Report of the Indian Hemp Drugs Commission, 1894-1895 - Volume V
Year: 1894
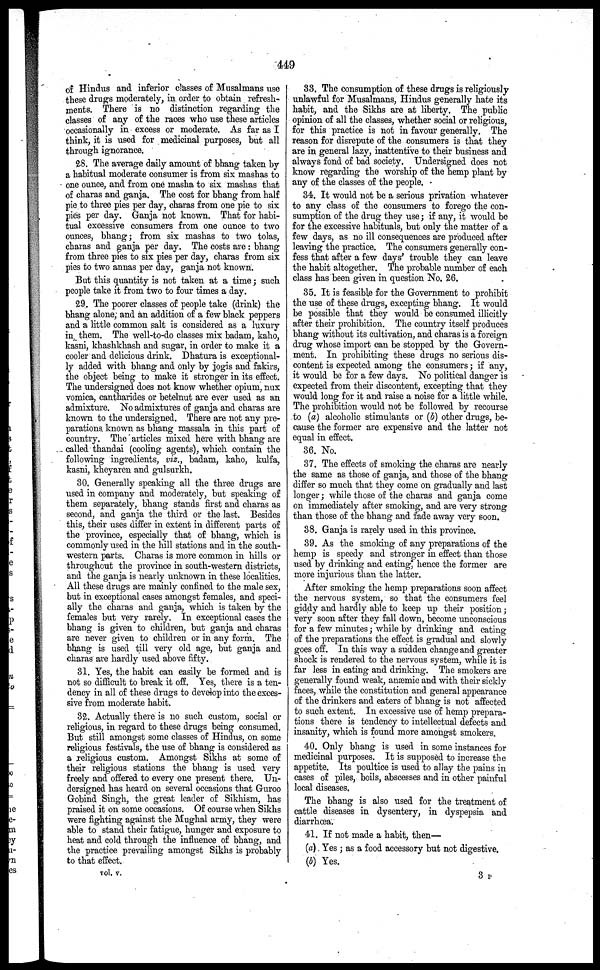
449
of Hindus and inferior classes of Musalmans use
these drugs moderately, in order to obtain refresh-
ments. There is no distinction regarding the
classes of any of the races who use these articles
occasionally in excess or moderate. As far as I
think, it is used for medicinal purposes, but all
through ignorance.
28. The average daily amount of bhang taken by
a habitual moderate consumer is from six mashas to
one ounce, and from one masha to six mashas that
of charas and ganja. The cost for bhang from half
pie to three pies per day, charas from one pie to six
pies per day. Ganja not known. That for habi-
tual excessive consumers from one ounce to two
ounces, bhang; from six mashas to two tolas,
charas and ganja per day. The costs are : bhang
from three pies to six pies per day, charas from six
pies to two annas per day, ganja not known.
But this quantity is not taken at a time; such
people take it from two to four times a day.
29. The poorer classes of people take (drink) the
bhang alone, and an addition of a few black peppers
and a little common salt is considered as a luxury
in them. The well-to-do classes mix badam, kaho,
kasni, khashkhash and sugar, in order to make it a
cooler and delicious drink. Dhatura is exceptional-
ly added with bhang and only by jogis and fakirs,
the object being to make it stronger in its effect.
The undersigned does not know whether opium, nux
vomica, cantharides or betelnut are ever used as an
admixture. No admixtures of ganja and charas are
known to the undersigned. There are not any pre-
parations known as bhang massala in this part of
country. The articles mixed here with bhang are
called thandai (cooling agents), which contain the
following ingredients, viz., badam, kaho, kulfa,
kasni, kheyaren and gulsurkh.
30. Generally speaking all the three drugs are
used in company and moderately, but speaking of
them separately, bhang stands first and charas as
second, and ganja the third or the last. Besides
this, their uses differ in extent in different parts of
the province, especially that of bhang, which is
commonly used in the hill stations and in the south-
western parts. Charas is more common in hills or
throughout the province in south-western districts,
and the ganja is nearly unknown in these localities.
All these drugs are mainly confined to the male sex,
but in exceptional cases amongst females, and speci-
ally the charas and ganja, which is taken by the
females but very rarely. In exceptional cases the
bhang is given to children, but ganja and charas
are never given to children or in any form. The
bhang is used till very old age, but ganja and
charas are hardly used above fifty.
31. Yes, the habit can easily be formed and is
not so difficult to break it off. Yes, there is a ten-
dency in all of these drugs to develop into the exces-
sive from moderate habit.
32. Actually there is no such custom, social or
religious, in regard to these drugs being consumed.
But still amongst some classes of Hindus, on some
religious festivals, the use of bhang is considered as
a religious custom. Amongst Sikhs at some of
their religious stations the bhang is used very
freely and offered to every one present there. Un-
dersigned has heard on several occasions that Guroo
Gobind Singh, the great leader of Sikhism, has
praised it on some occasions. Of course when Sikhs
were fighting against the Mughal army, they were
able to stand their fatigue, hunger and exposure to
heat and cold through the influence of bhang, and
the practice prevailing amongst Sikhs is probably
to that effect.
vol. v.
33. The consumption of these drugs is religiously
unlawful for Musalmans, Hindus generally hate its
habit, and the Sikhs are at liberty. The public
opinion of all the classes, whether social or religious,
for this practice is not in favour generally. The
reason for disrepute of the consumers is that they
are in general lazy, inattentive to their business and
always fond of bad society. Undersigned does not
know regarding the worship of the hemp plant by
any of the classes of the people.
34. It would not be a serious privation whatever
to any class of the consumers to forego the con-
sumption of the drug they use; if any, it would be
for the excessive habituals, but only the matter of a
few days, as no ill consequences are produced after
leaving the practice. The consumers generally con-
fess that after a few days' trouble they can leave
the habit altogether. The probable number of each
class has been given in question No. 26.
35. It is feasible for the Government to prohibit
the use of these drugs, excepting bhang. It would
be possible that they would be consumed illicitly
after their prohibition. The country itself produces
bhang without its cultivation, and charas is a foreign
drug whose import can be stopped by the Govern-
ment. In prohibiting these drugs no serious dis-
content is expected among the consumers; if any,
it would be for a few days. No political danger is
expected from their discontent, excepting that they
would long for it and raise a noise for a little while.
The prohibition would not be followed by recourse
to (a) alcoholic stimulants or (b) other drugs, be-
cause the former are expensive and the latter not
equal in effect.
36. No.
37. The effects of smoking the charas are nearly
the same as those of ganja, and those of the bhang
differ so much that they come on gradually and last
longer; while those of the charas and ganja come
on immediately after smoking, and are very strong
than those of the bhang and fade away very soon.
38. Ganja is rarely used in this province.
39. As the smoking of any preparations of the
hemp is speedy and stronger in effect than those
used by drinking and eating, hence the former are
more injurious than the latter.
After smoking the hemp preparations soon affect
the nervous system, so that the consumers feel
giddy and hardly able to keep up their position;
very soon after they fall down, become unconscious
for a few minutes; while by drinking and eating
of the preparations the effect is gradual and slowly
goes off. In this way a sudden change and greater
shock is rendered to the nervous system, while it is
far less in eating and drinking. The smokers are
generally found weak, anæmic and with their sickly
faces, while the constitution and general appearance
of the drinkers and eaters of bhang is not affected
to such extent. In excessive use of hemp prepara-
tions there is tendency to intellectual defects and
insanity, which is found more amongst smokers.
40. Only bhang is used in some instances for
medicinal purposes. It is supposed to increase the
appetite. Its poultice is used to allay the pains in
cases of piles, boils, abscesses and in other painful
local diseases.
The bhang is also used for the treatment of
cattle diseases in dysentery, in dyspepsia and
diarrhoea.
41. If not made a habit, then—
(a) Yes ; as a food accessory but not digestive.
(b) Yes.
3 v